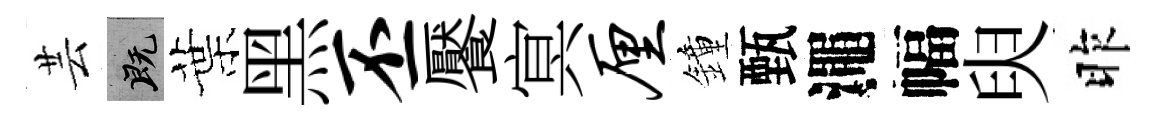
芸既葉黑丕饜㝠厘鐘甄澠幅臾昨